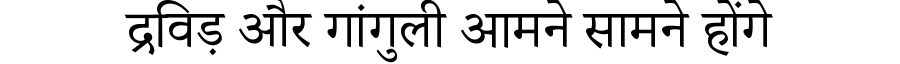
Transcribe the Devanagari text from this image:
द्रविड़ और गांगुली आमने सामने होंगे